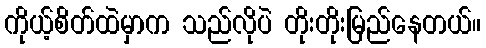
ကိုယ့်စိတ်ထဲမှာက သည်လိုပဲ တိုးတိုးမြည်နေတယ်။